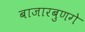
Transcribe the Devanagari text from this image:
बाजारबुणगे